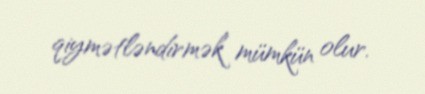
qiymətləndirmək mümkün olur.